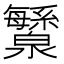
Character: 𬉯